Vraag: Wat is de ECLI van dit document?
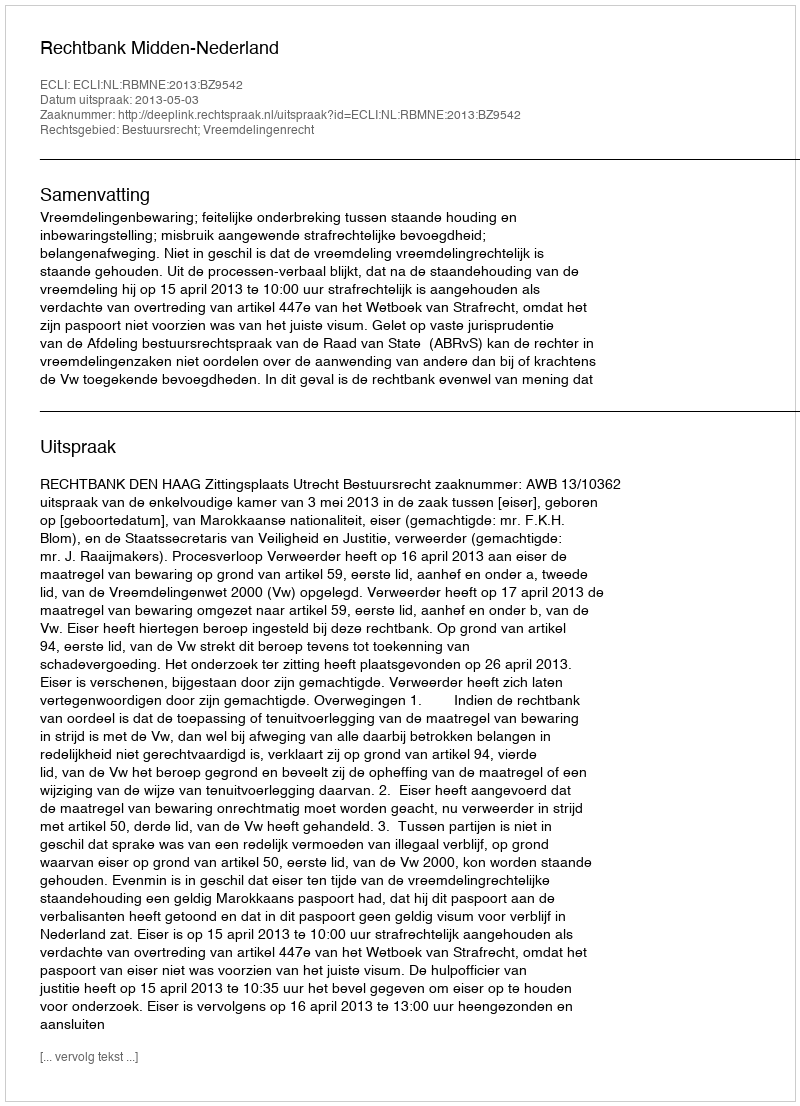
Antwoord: ECLI:NL:RBMNE:2013:BZ9542